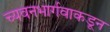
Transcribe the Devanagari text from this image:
च्यवनभार्गवाकडून